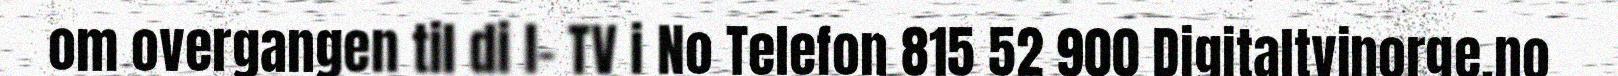
om overgangen til di l- TV i No Telefon 815 52 900 Digitaltvinorge.no